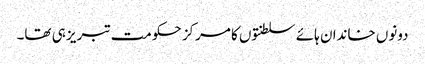
دونوں خاندان ہائے سلطنتوں کا مرکز حکومت تبریز ہی تھا۔